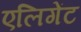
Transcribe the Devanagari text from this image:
एलिगेंट